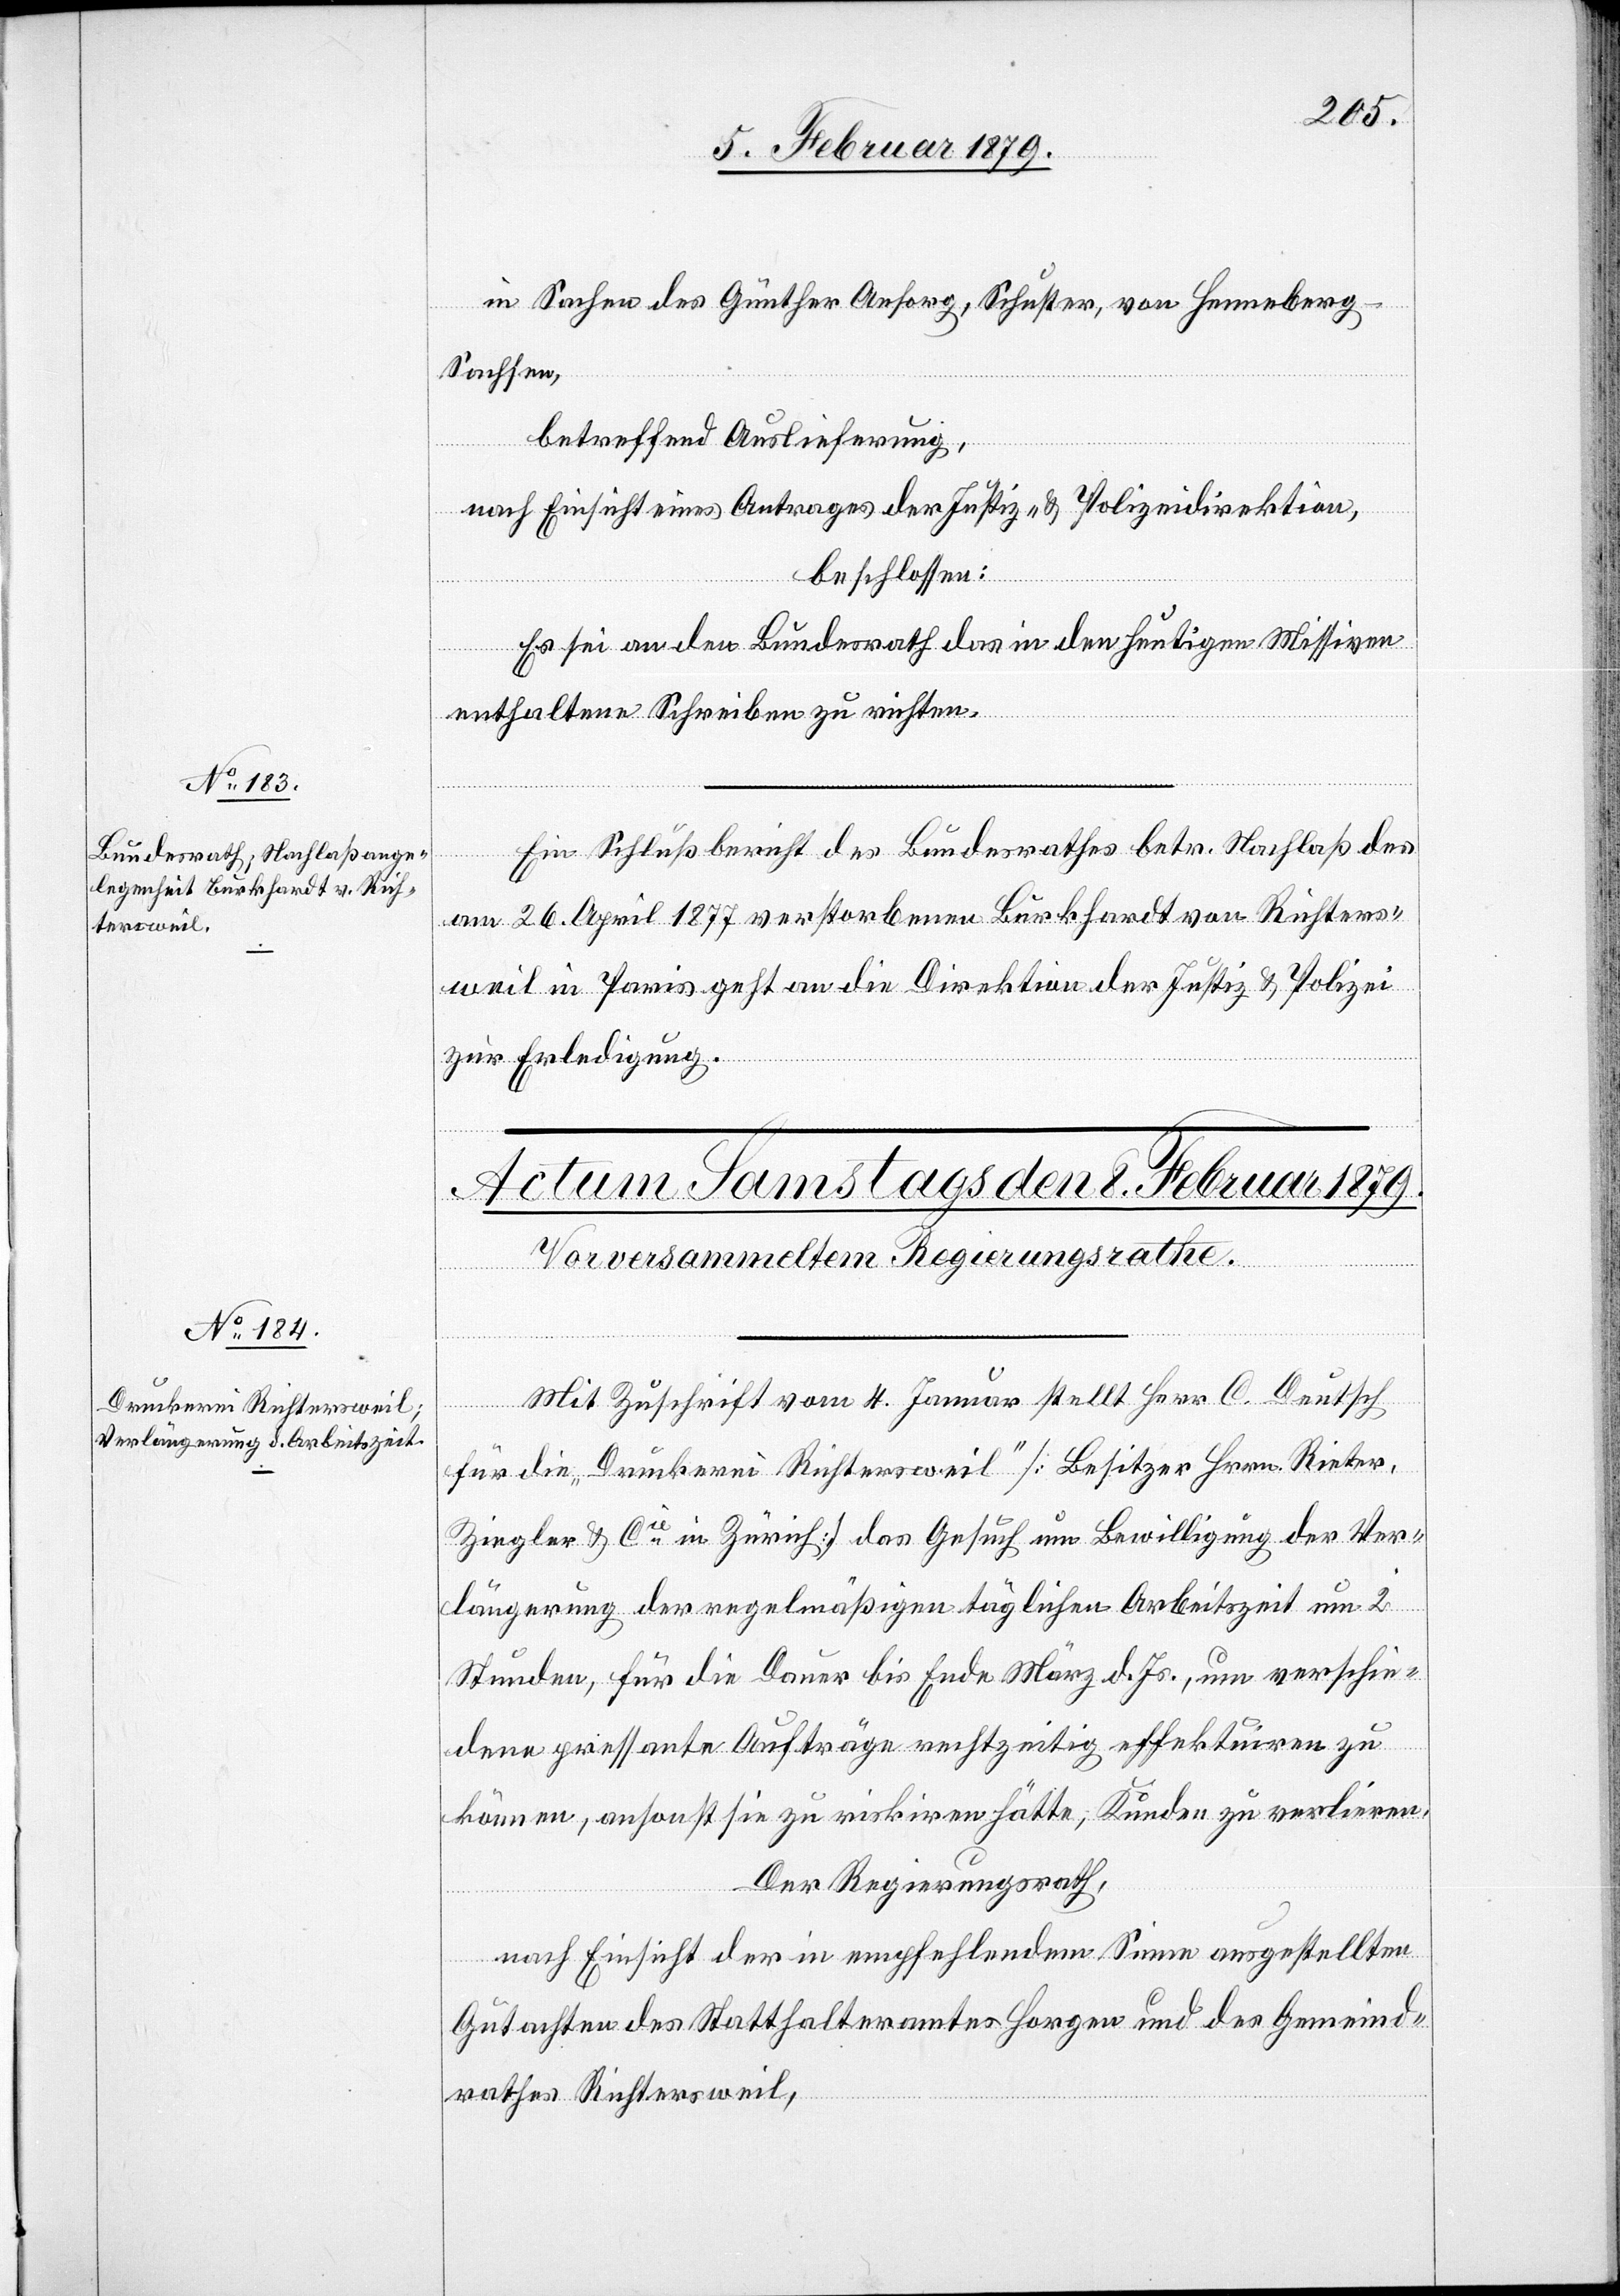
7. Februar 1879.]
in Sachen des Günther Ansorg, Schuster, von Henneberg
-
Sachsen,
betreffend Auslieferung,
nach Einsicht eines Antrages der Justiz- & Polizeidirektion,
beschlossen:
Es sei an den Bundesrath das in den heutigen Missiven
enthaltene Schreiben zu richten.
Ein Schlußbericht des Bundesrathes betr. Nachlaß des
am 26. April 1877 verstorbenen Burkhardt von Richters¬
weil in Paris geht an die Direktion der Justiz & Polizei
zur Erledigung.
Mit Zuschrift vom 4. Januar stellt Herr C. Deutsch
für die „Druckerei Richtersweil“ [Besitzer Hrrn. Rieter,
Ziegler & Cie in Zürich] das Gesuch um Bewilligung der Ver¬
längerung der regelmäßigen täglichen Arbeitszeit um 2
Stunden, für die Dauer bis Ende März d. Js., um verschie¬
dene pressante Aufträge rechtzeitig effektuiren zu
können, ansonst sie zu riskiren hätte, Kunden zu verlieren.
Der Regierungsrath,
nach Einsicht der in empfehlendem Sinne ausgestellten
Gutachten des Statthalteramtes Horgen und des Gemeind¬
rathes Richtersweil,